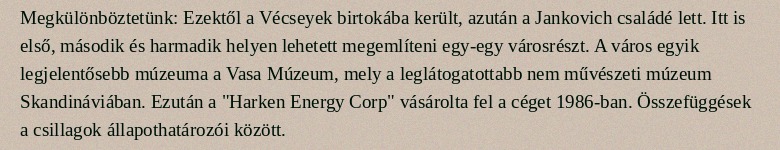
Megkülönböztetünk: Ezektől a Vécseyek birtokába került, azután a Jankovich családé lett. Itt is első, második és harmadik helyen lehetett megemlíteni egy-egy városrészt. A város egyik legjelentősebb múzeuma a Vasa Múzeum, mely a leglátogatottabb nem művészeti múzeum Skandináviában. Ezután a "Harken Energy Corp" vásárolta fel a céget 1986-ban. Összefüggések a csillagok állapothatározói között.